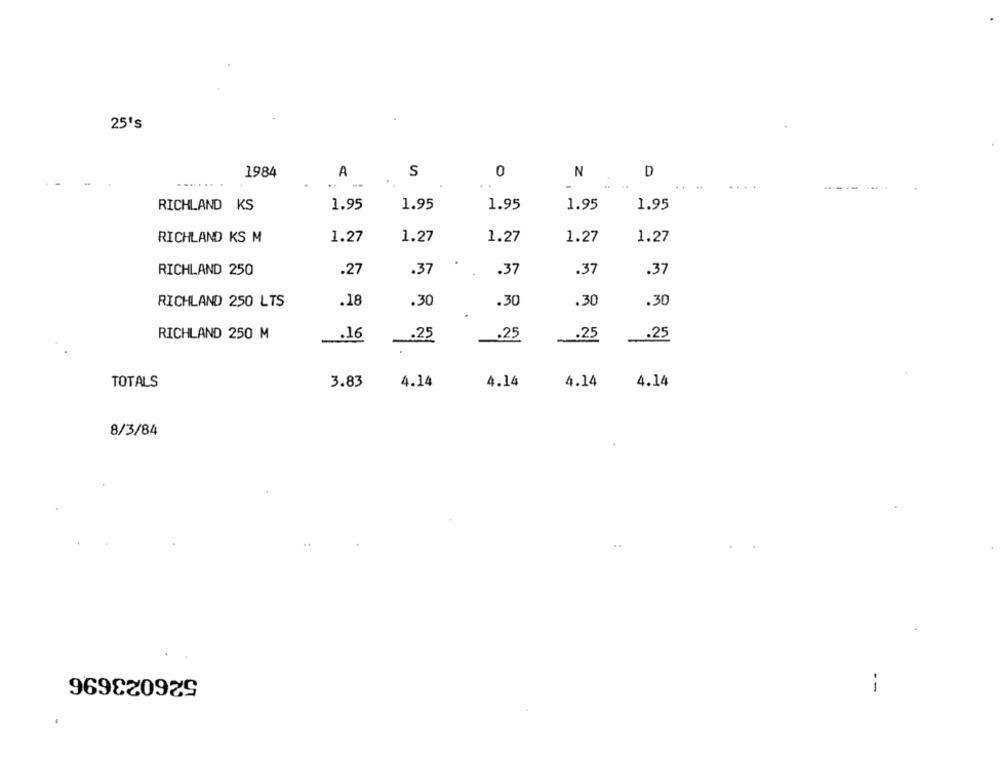
25's
1984
A
S
0
N
D
........
1.95
1.95
1.95
1.95
RICHLAND KS
1.95
RICHLAND KS M
1.27
1.27
1.27
1.27
1.27
RICHLAND 250
.27
.37
.37
.37
.37
RICHLAND 250 LTS
.18
.30
.30
.30
.30
RICHLAND 250 M
.25
.25
.25
.25
16
TOTALS
3.83
4.14
4.14
4.14
4.14
8/3/84
526023696
--